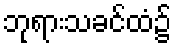
ဘုရားသခင်ထံ၌